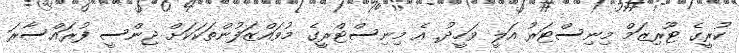
ކުރީގެ ޓޫރިޒަމް މިނިސްޓަރު އަލީ ވަހީދު